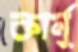
কার্নু